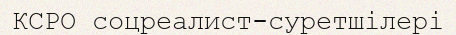
КСРО соцреалист-суретшілері